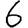
Digit: 6